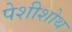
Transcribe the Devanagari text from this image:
पेशीशोथ